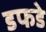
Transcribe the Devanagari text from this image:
डफडे